Civil Veterinary Dept. Assam report 1927-50 - 1927-1950
Year: 1927
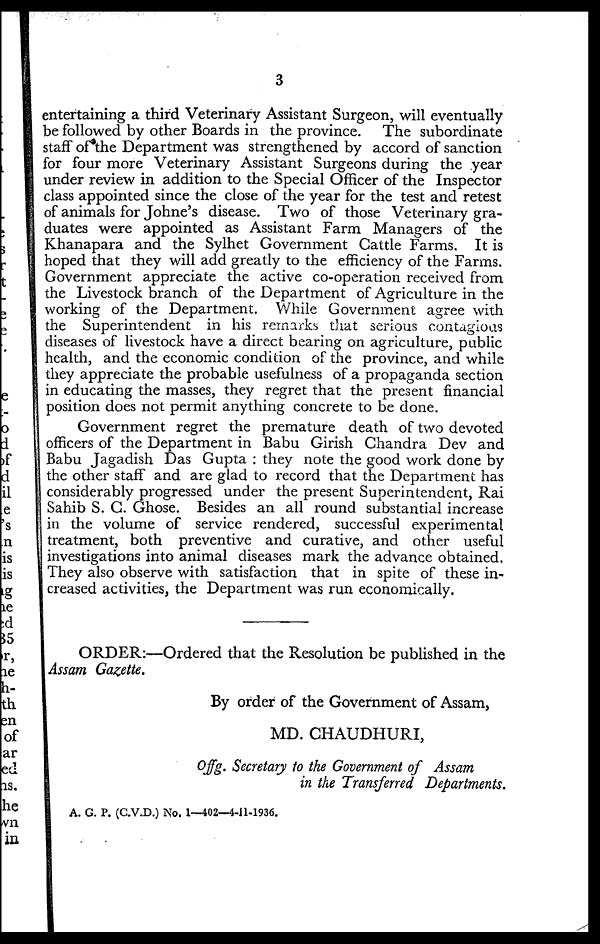
3
entertaining a third Veterinary Assistant Surgeon, will eventually
be followed by other Boards in the province. The subordinate
staff of the Department was strengthened by accord of sanction
for four more Veterinary Assistant Surgeons during the year
under review in addition to the Special Officer of the Inspector
class appointed since the close of the year for the test and retest
of animals for Johne's disease. Two of those Veterinary gra-
duates were appointed as Assistant Farm Managers of the
Khanapara and the Sylhet Government Cattle Farms. It is
hoped that they will add greatly to the efficiency of the Farms.
Government appreciate the active co-operation received from
the Livestock branch of the Department of Agriculture in the
working of the Department. While Government agree with
the Superintendent in his remarks that serious contagious
diseases of livestock have a direct bearing on agriculture, public
health, and the economic condition of the province, and while
they appreciate the probable usefulness of a propaganda section
in educating the masses, they regret that the present financial
position does not permit anything concrete to be done.
Government regret the premature death of two devoted
officers of the Department in Babu Girish Chandra Dev and
Babu Jagadish Das Gupta : they note the good work done by
the other staff and are glad to record that the Department has
considerably progressed under the present Superintendent, Rai
Sahib S. C. Ghose. Besides an all round substantial increase
in the volume of service rendered, successful experimental
treatment, both preventive and curative, and other useful
investigations into animal diseases mark the advance obtained.
They also observe with satisfaction that in spite of these in-
creased activities, the Department was run economically.
ORDER:—Ordered that the Resolution be published in the
Assam Gazette.
By order of the Government of Assam,
MD. CHAUDHURI,
Offg. Secretary to the Government of Assam
in the Transferred Departments.
A. G. P. (C.V.D.) No. 1—402—4-11-1936.